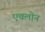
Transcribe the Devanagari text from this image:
एवलोन